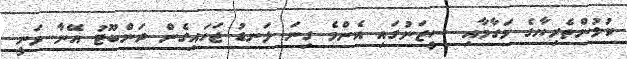
ކުޅުންތެރިޔާގެ މަގާމާއި ސީޒަނުގައި އެންމެ ގިނަ ލަނޑު ޖަހައިގެން ރަންބޫޓު އޭނާ ވަނީ